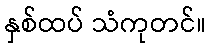
နှစ်ထပ် သံကုတင်။